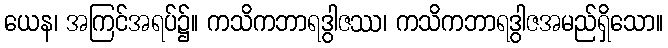
ယေန၊ အကြင်အရပ်၌။ ကသိကဘာရဒွါဇဿ၊ ကသိကဘာရဒွါဇအမည်ရှိသော။